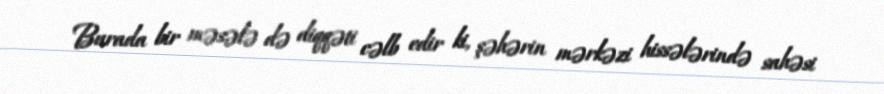
Burada bir məsələ də diqqəti cəlb edir ki, şəhərin mərkəzi hissələrində sahəsi